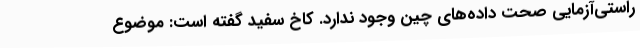
راستی‌آزمایی صحت داده‌های چین وجود ندارد. کاخ سفید گفته است: موضوع